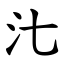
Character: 㲺